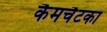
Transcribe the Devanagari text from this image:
कैमचैटका